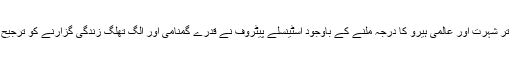
تمام تر شہرت اور عالمی ہیرو کا درجہ ملنے کے باوجود اسٹینسلے پیٹروف نے قدرے گمنامی اور الگ تھلگ زندگی گزارنے کو ترجیح دی۔